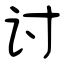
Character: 讨